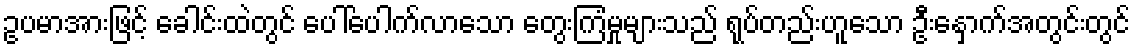
ဥပမာအားဖြင့် ခေါင်းထဲတွင် ပေါ်ပေါက်လာသော တွေးကြံမှုများသည် ရုပ်တည်းဟူသော ဦးနှောက်အတွင်းတွင်